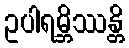
ဥပါရမ္ဘိဿန္တိ